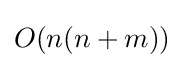
O(n(n+m))